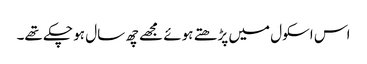
اس اسکول میں پڑھتے ہوئے مجھے چھ سال ہو چکے تھے۔